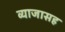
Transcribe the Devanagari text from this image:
व्याजासह